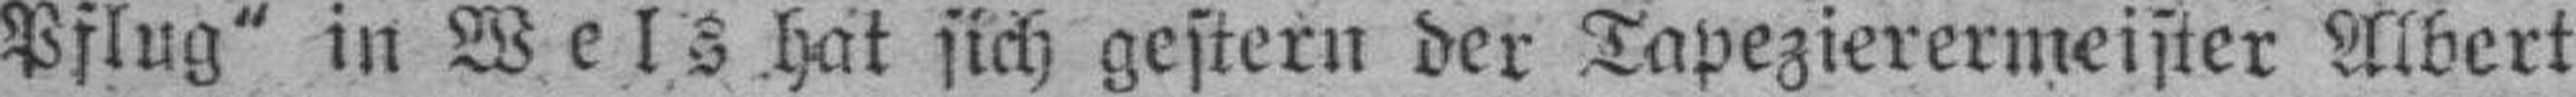
Pflug" in Wels hat sich gestern der Tapezierermeister Albert